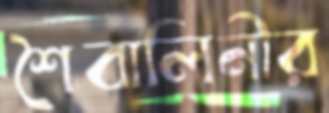
শৈবালিনীর